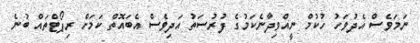
ނަމަވެސް އެދުވަހު ހުކުމް ނީއްވިދާނެކަމުގެ ފުރުސަތު އަދިވެސް އެބައޮތް ކަމަށް ރިޕޯޓްތައް ބުނެ